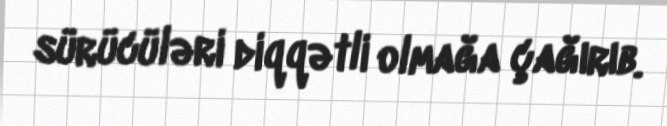
sürücüləri diqqətli olmağa çağırıb.